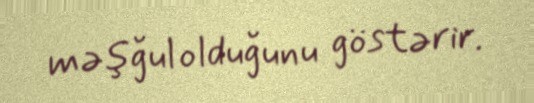
məşğul olduğunu göstərir.